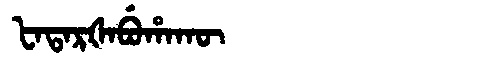
Manchu: ᡶᠠᡨᠠᡵᡧᠠᠪᡠᡥᠠᡴᡡ
Romanization: FATARŠABUHAKŪ